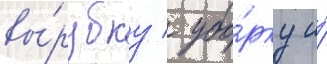
вы́рубку / убо́рку и́